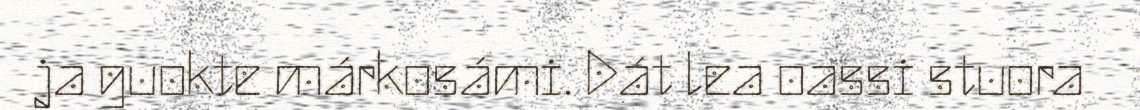
ja guokte márkosámi. Dát lea oassi stuora